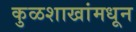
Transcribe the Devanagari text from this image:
कुळशाखांमधून